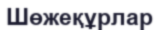
Шөжеқұрлар